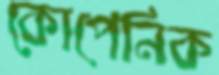
কোপেনিক